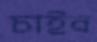
চাইব